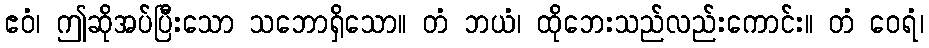
ဧဝံ၊ ဤဆိုအပ်ပြီးသော သဘောရှိသော။ တံ ဘယံ၊ ထိုဘေးသည်လည်းကောင်း။ တံ ဝေရံ၊